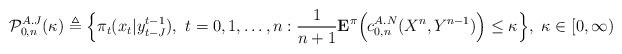
LaTeX: \begin{align*}{\cal P}_{0,n}^{A.J}(\kappa)\triangleq\Big\{\pi_t(x_t|y_{t-J}^{t-1}), ~t=0, 1, \ldots, n: \frac{1}{n+1} {\bf E}^{\pi} \Big( c^{A.N}_{0,n}(X^n, Y^{n-1}) \Big)\leq \kappa\Big\},~ \kappa \in [0,\infty)\end{align*}